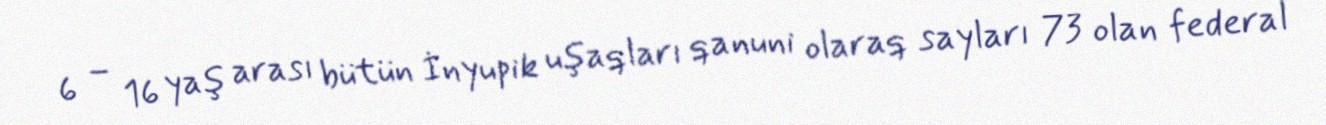
6 – 16 yaş arası bütün İnyupik uşaqları qanuni olaraq sayları 73 olan federal